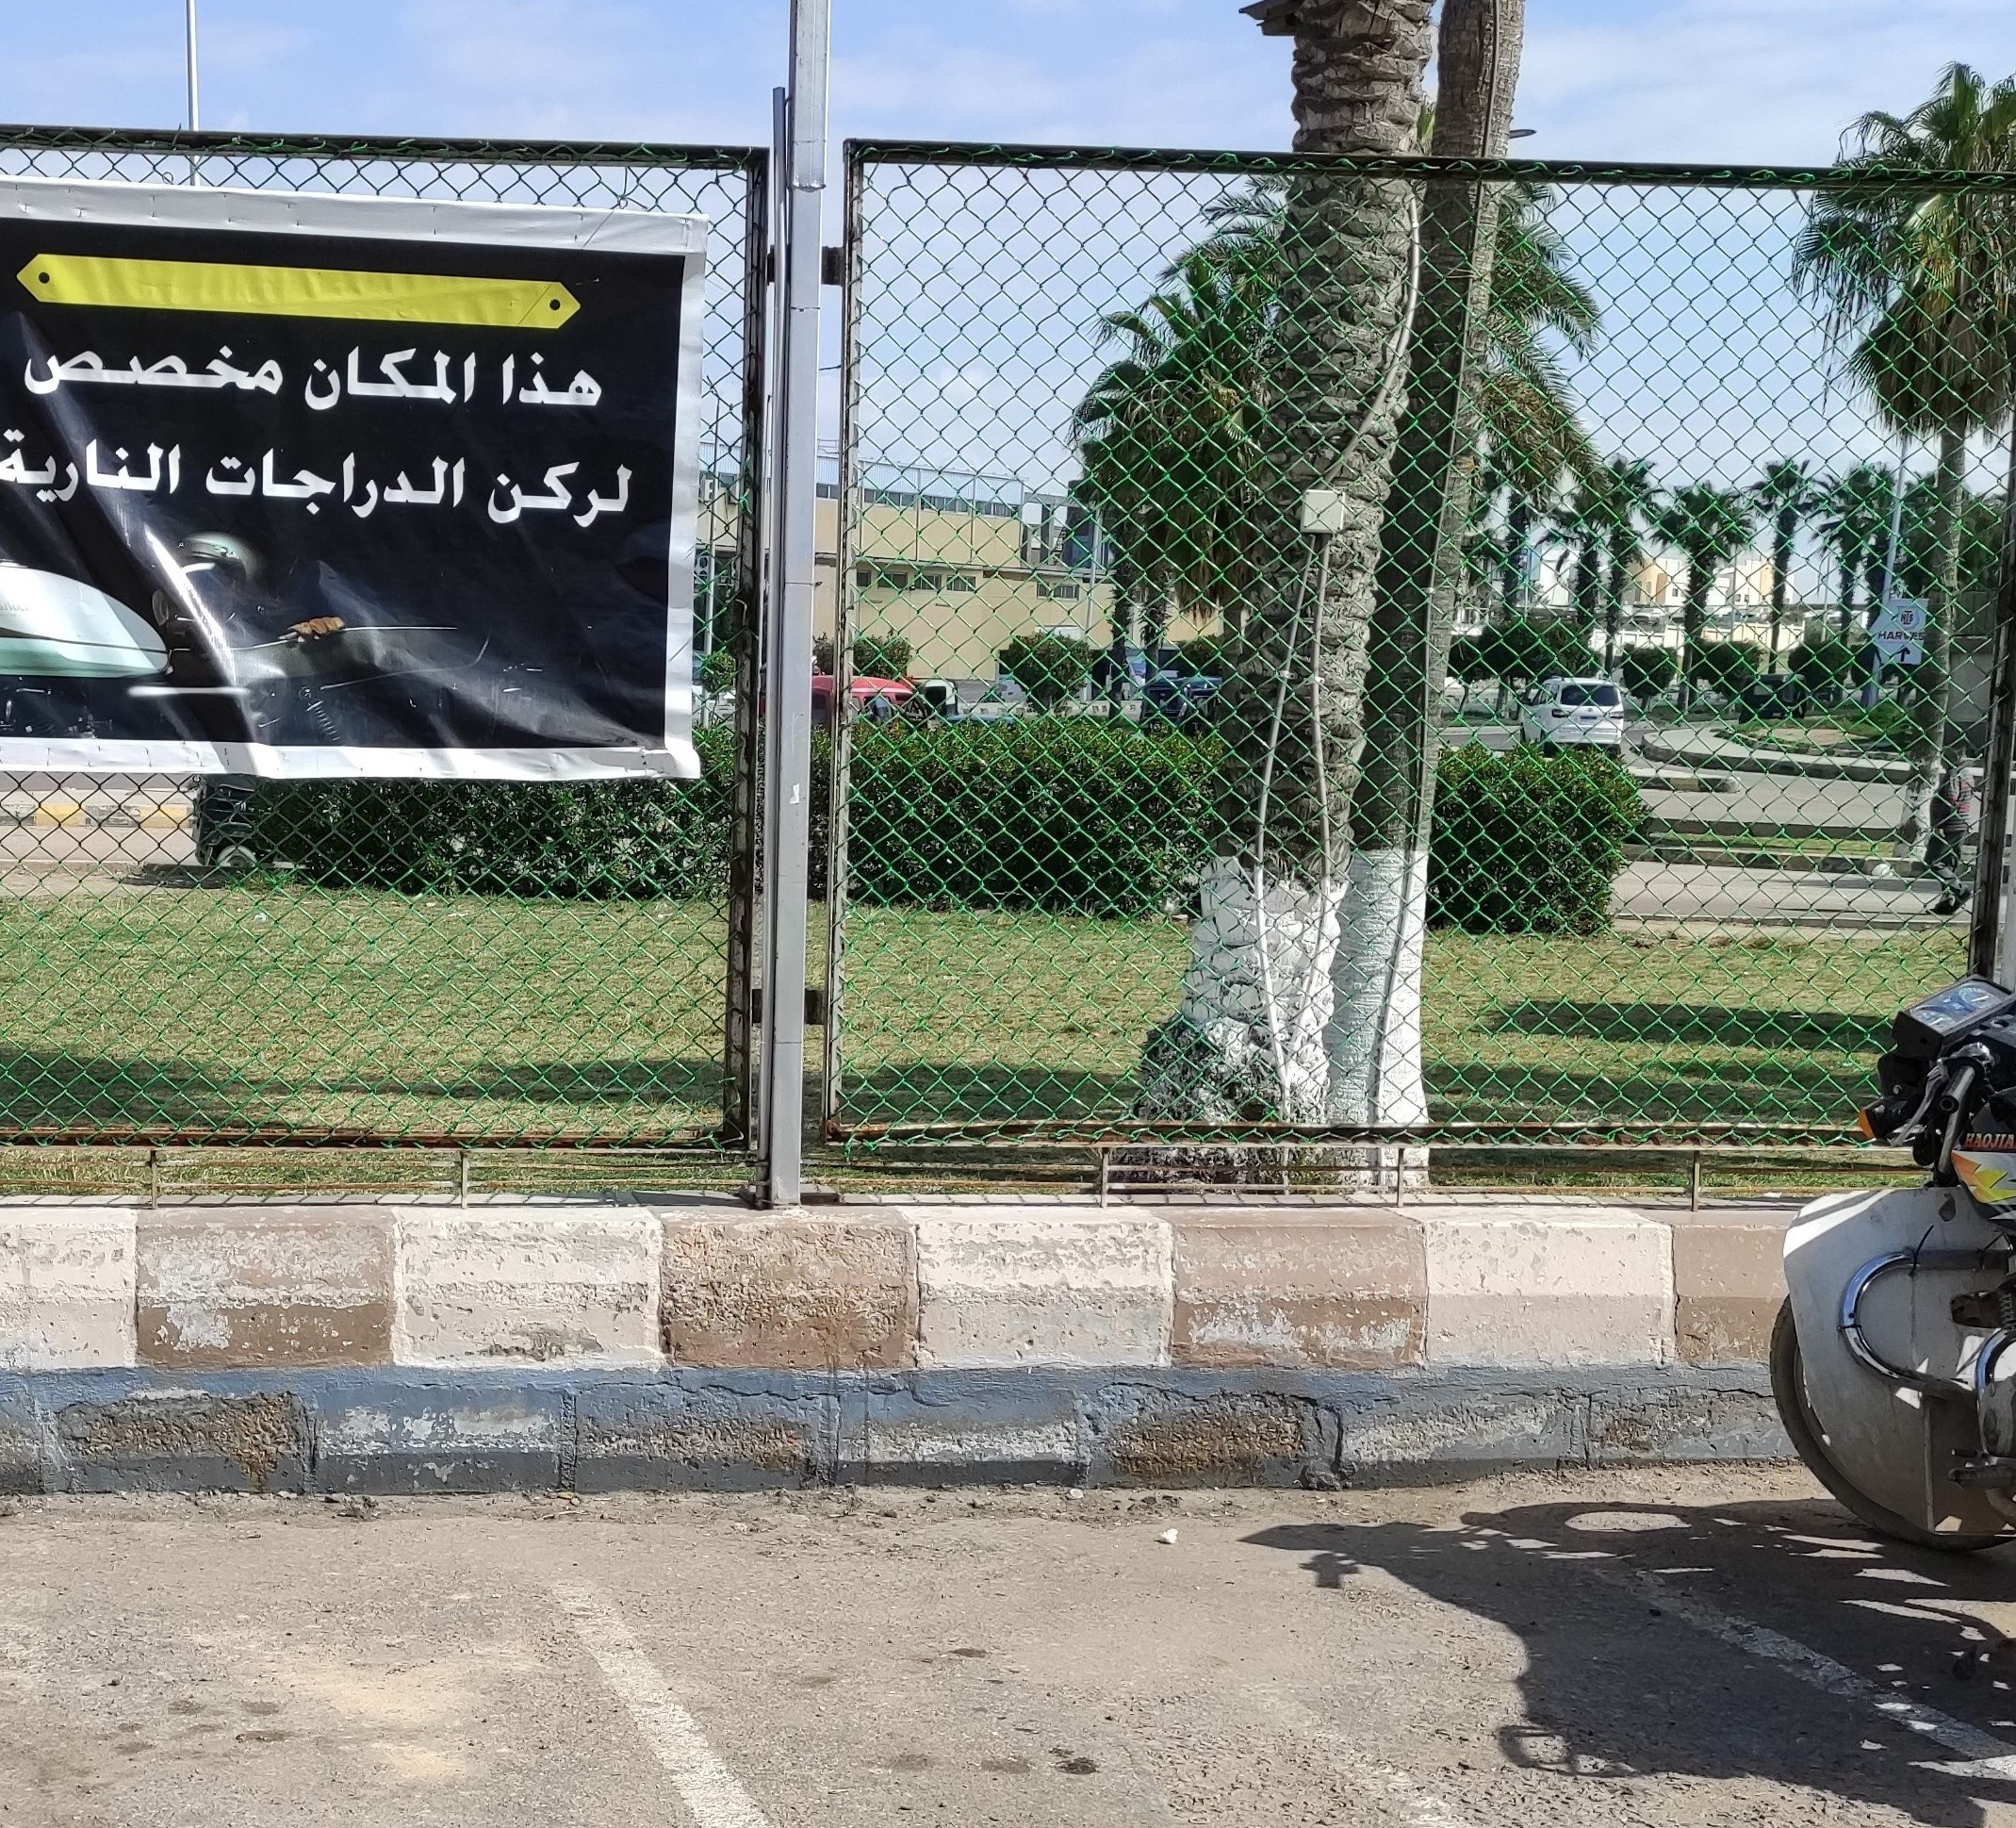
Text in image: مخصص هذا المكان النارية الدراجات لركن